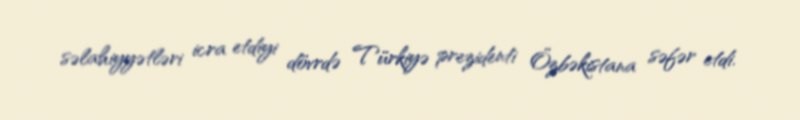
səlahiyyətləri icra etdiyi dövrdə Türkiyə prezidenti Özbəkistana səfər etdi.